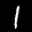
Label: 1